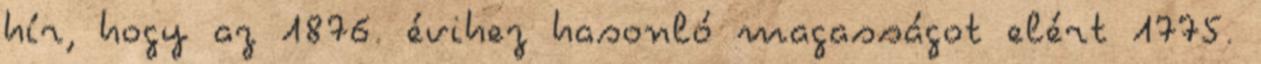
hír, hogy az 1876. évihez hasonló magasságot elért 1775.